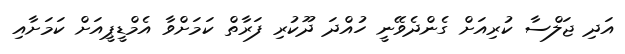
އަދި ޖަލްސާ ކުރިއަށް ގެންދެވޭނީ ހުއްދަ ދޫކުރި ފަރާތް ކަމަށްވާ އެމްޑީޕީއަށް ކަމަށާއި